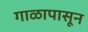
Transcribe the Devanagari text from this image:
गाळापासून